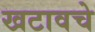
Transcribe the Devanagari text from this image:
खटावचे